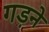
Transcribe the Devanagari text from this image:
गड़ने